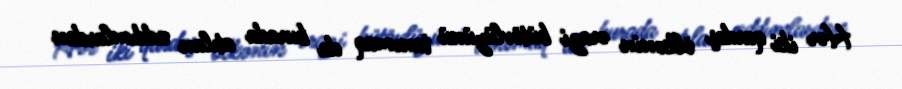
Hər iki qardaş ölkənin ərazi bütövlüyünü tanımaq da burada atılan addımlardan